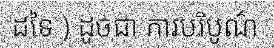
ដទៃ ) ដូចជា ការបរិបូណ៌